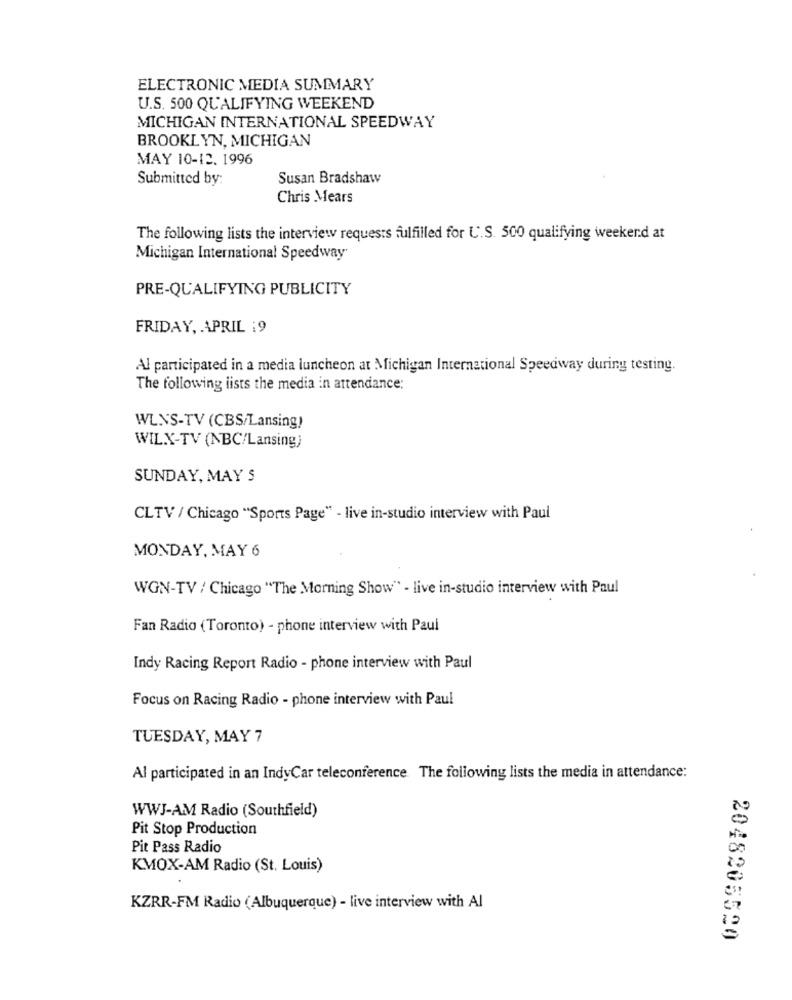
ELECTRONIC MEDIA SUMMARY
U.S. 500 QUALIFYING WEEKEND
MICHIGAN INTERNATIONAL SPEEDWAY
BROOKLYN, MICHIGAN
MAY 10-12. 1996
Submitted by:
Susan Bradshaw
Chris Mears
The following lists the interview requests fulfilled for U.S. 500 qualifying weekend at
Michigan International Speedway
PRE-QUALIFYING PUBLICITY
FRIDAY, APRIL :9
Al participated in a media luncheon at Michigan International Speedway during testing.
The following lists the media in attendance:
WL.NS-TV (CBS/Lansing)
WILX-TV (NBC/Lansing)
SUNDAY, MAY S
CLTV / Chicago "Sports Page" - live in-studio interview with Paul
MONDAY, MAY 6
WON-TV / Chicago "The Morning Show" - live in-studio interview with Paul
Fan Radio (Toronto) - phone interview with Paul
Indy Racing Report Radio - phone interview with Paul
Focus on Racing Radio - phone interview with Paul
TUESDAY, MAY 7
Al participated in an IndyCar teleconference. The following lists the media in attendance:
WWJ-AM Radio (Southfield)
Pit Stop Production
Pit Pass Radio
KMOX-AM Radio (St. Louis)
KZRR-FM Radio (Albuquerque) - live interview with Al
2048205520